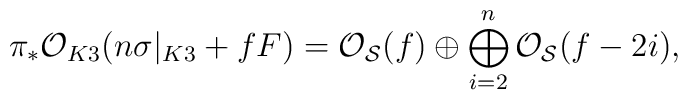
\pi_* {\cal O}_{K3} (n \sigma|_{K3} +fF)={\cal O}_{{\cal S}}(f) \oplus \bigoplus_{i=2}^{n}{\cal O}_{{\cal S}}(f-2i),